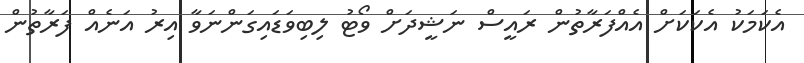
އެކަމަކު އެކަކަށް އެއްފަރާތުން ރައީސް ނަޝީދަށް ވޯޓު ލިބިވަޑައިގަންނަވާ އިރު އަނެއް ފަރާތުން